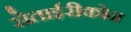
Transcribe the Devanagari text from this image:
सेताईरीकोन